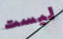
ليست